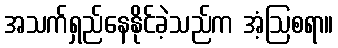
အသက်ရှည်နေနိုင်ခဲ့သည်က အံ့ဩစရာ။